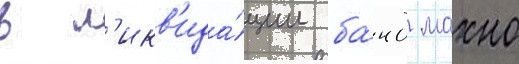
в л'икв'ида́ции ба́нд махно